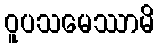
ဝူပသမေဿာမိ